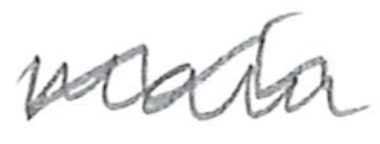
Text: main
Cross-out: wave
Writing tool: pencil